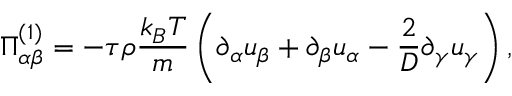
\Pi _ { \alpha \beta } ^ { ( 1 ) } = - \tau \rho \frac { k _ { B } T } { m } \left( \partial _ { \alpha } u _ { \beta } + \partial _ { \beta } u _ { \alpha } - \frac { 2 } { D } \partial _ { \gamma } u _ { \gamma } \right) ,